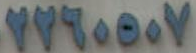
٧٧٢٠٥٠٧